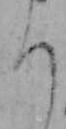
ち